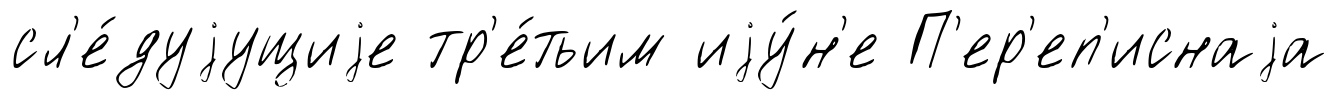
сл'е́дуjущиjе тр'е́тьим иjу́н'е П'ер'еп'иснаjа